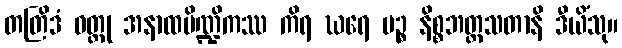
တတြိဒံ ဝတ္ထု အနာထပိဏ္ဍိကဿ ကိရ ဃရေ ပဉ္စ နိစ္စဘတ္တသတာနိ ဒီယိံသု။